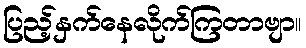
ပြည့်နှက်နေလိုက်ကြတာဗျာ။